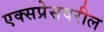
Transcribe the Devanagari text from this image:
एक्सप्रेसवरील